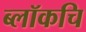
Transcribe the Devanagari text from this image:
ब्लॉकचि